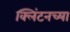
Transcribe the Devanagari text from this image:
क्लिंटनच्या